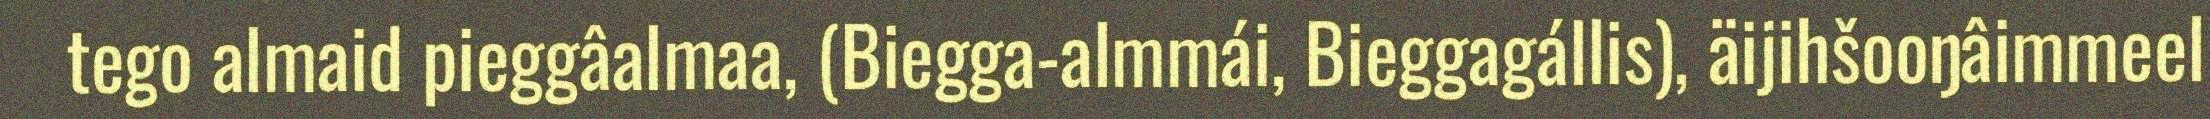
tego almaid pieggâalmaa, (Biegga-almmái, Bieggagállis), äijihšooŋâimmeel